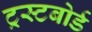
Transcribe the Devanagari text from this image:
ट्रस्टबोर्ड